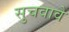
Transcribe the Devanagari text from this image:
सुचवावे